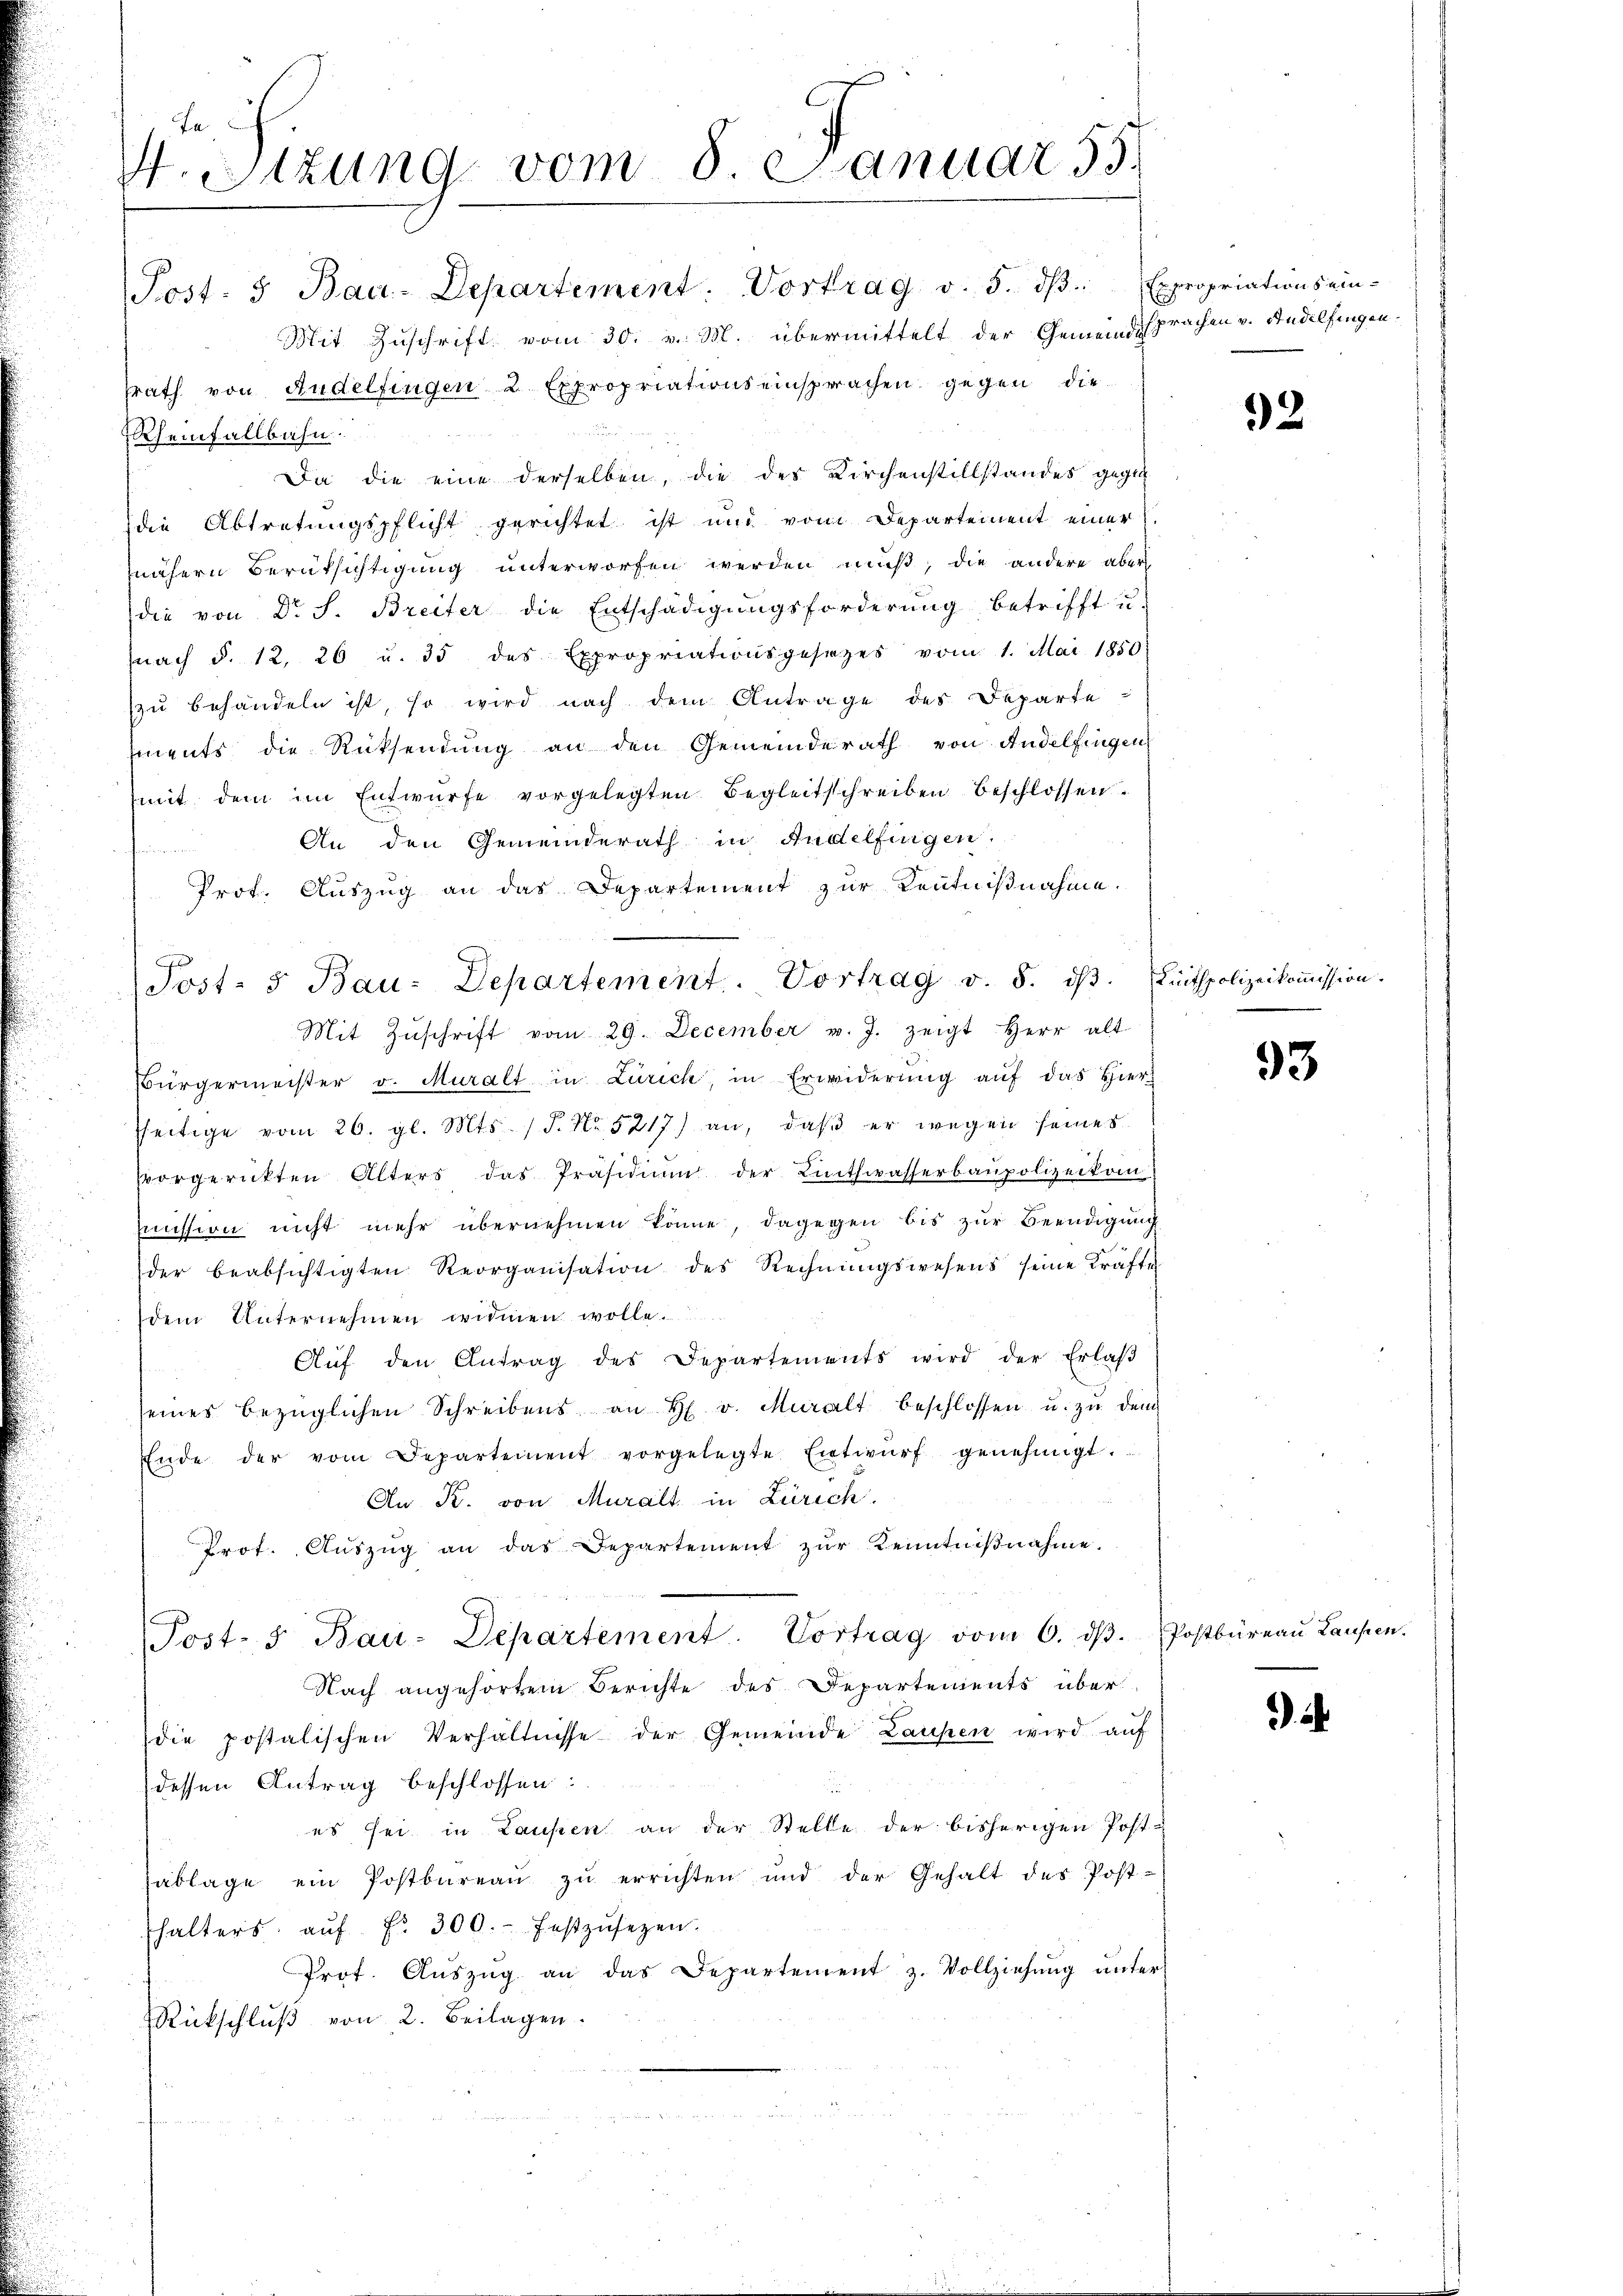
4. Sitzung vom 8 Januar 53.

Post- u Bau-Departement: Vortrag v. 5. dβ. Expropriations ein-
Mit Zuschrift vom 30. v. M. übermittelt der Gemeindsprachen v. Andelfingen.
srath von Andelfingen 2 Expropriationseinsprachen gegen die
Rheinfallbahn.
Da die eine derselben, die des Kirchenstillstandes gegen
die Abtretungspflicht gerichtet ist und vom Departement einer
nähern Berüksichtigung unterworfen werden muß, die andere aber
(die von Dr. S. Breiter die Entschädigŭngsforderŭng betrifft u.
(nach §. 12. 26 u. 35 des Expropriationsgesezes vom 1. Mai 1850
zŭ behandeln ist, so wird nach dem Antrage des Departe
ements die Rücksendung an den Gemeinderath von Andelfingen
mit dem im Entwürfe vorgelegten Begleitschreiben beschlossen.
An den Gemeinderath in Andelfingen.
feinen
Prof. Auszug an das Departement zur Kenntnißnahme.
Mit Zŭschrift vom 29. December v. J. zeigt Herr alt
Bürgermeister v. Muralt in Zürich, in Erwiderŭng aŭf das Hier
seitige vom 26. gl. Mts. (T. No 5217) an, daβ er wegen seines
vorgerückten Alters das Präsidium der Linthwasserbaupolizeikom
mission nicht mehr übernehmen könne, dagegen bis zur Beendigung
der beabsichtigten Reorganisation des Rechnŭngswesens seine Kräfte
dem Unternehmen widmen wolle.
Aŭf den Antrag des Departements wird der Erlaβ
seines bezüglichen Schreibens an H. v. Muralt beschlossen u. zŭ dem
Ende der vom Departement vorgelegte Entwŭrf genehmigt.
An R. von Muralt in Zürich.
Prot. Aŭszŭg an das Departement zŭr Kenntniβnahme.
Post- 5. Bau-Departement. Vortrag vom 6. dβ. Postbüreaŭ Laufen.
Nach angehörtem Berichte des Departements überdie postalischen Verhältnisse der Gemeinde Laufen wird auf
dessen Antrag beschlossen:
es sei in Laupen an der Stelle der bisherigen Post-
ablage ein Postbüreaŭ zŭ errichten und der Gehalt des Post-
halters aŭf Fr. 300. festzŭsezen.
Prot. Aŭszŭg an das Departement z. Vollziehŭng ŭnter
Rückschlŭβ von 2. Beilagen.

Post- 5. Bau-Departement. Vortrag v. 8. dβ. Linthpolizeikommission.

32

93